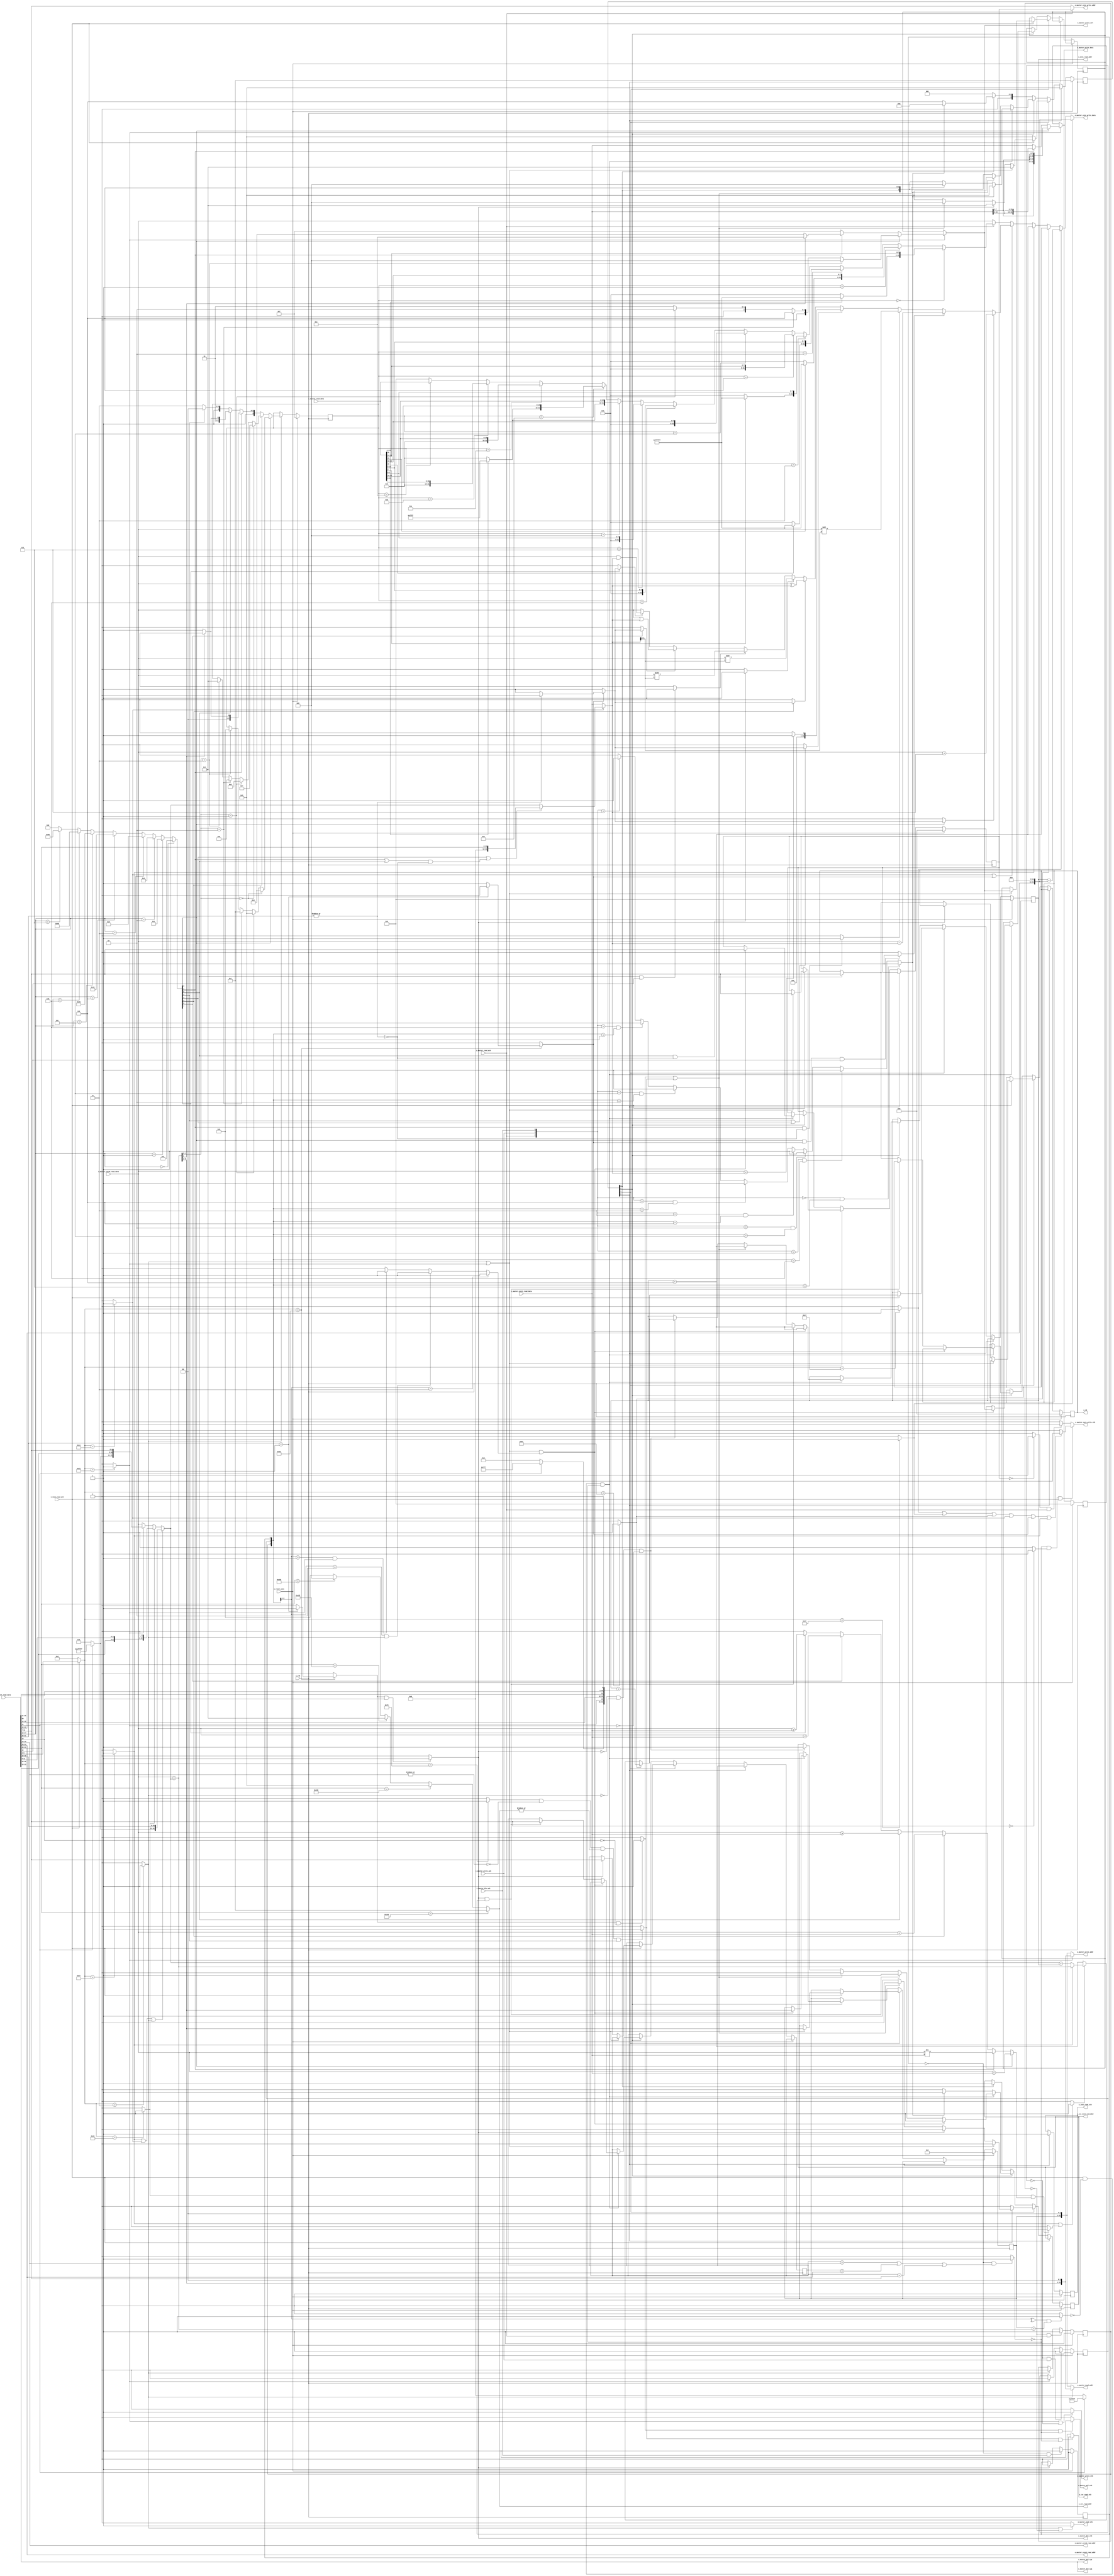
/////////////////////////////////////////////////////////////////////////////////
// BSD 3-Clause License
// 
// Copyright (c) 2020, Jose R. Garcia
// All rights reserved.
// 
// Redistribution and use in source and binary forms, with or without
// modification, are permitted provided that the following conditions are met:
// 
// 1. Redistributions of source code must retain the above copyright notice, this
//    list of conditions and the following disclaimer.
// 
// 2. Redistributions in binary form must reproduce the above copyright notice,
//    this list of conditions and the following disclaimer in the documentation
//    and/or other materials provided with the distribution.
// 
// 3. Neither the name of the copyright holder nor the names of its
//    contributors may be used to endorse or promote products derived from
//    this software without specific prior written permission.
// 
// THIS SOFTWARE IS PROVIDED BY THE COPYRIGHT HOLDERS AND CONTRIBUTORS "AS IS"
// AND ANY EXPRESS OR IMPLIED WARRANTIES, INCLUDING, BUT NOT LIMITED TO, THE
// IMPLIED WARRANTIES OF MERCHANTABILITY AND FITNESS FOR A PARTICULAR PURPOSE ARE
// DISCLAIMED. IN NO EVENT SHALL THE COPYRIGHT HOLDER OR CONTRIBUTORS BE LIABLE
// FOR ANY DIRECT, INDIRECT, INCIDENTAL, SPECIAL, EXEMPLARY, OR CONSEQUENTIAL
// DAMAGES (INCLUDING, BUT NOT LIMITED TO, PROCUREMENT OF SUBSTITUTE GOODS OR
// SERVICES; LOSS OF USE, DATA, OR PROFITS; OR BUSINESS INTERRUPTION) HOWEVER
// CAUSED AND ON ANY THEORY OF LIABILITY, WHETHER IN CONTRACT, STRICT LIABILITY,
// OR TORT (INCLUDING NEGLIGENCE OR OTHERWISE) ARISING IN ANY WAY OUT OF THE USE
// OF THIS SOFTWARE, EVEN IF ADVISED OF THE POSSIBILITY OF SUCH DAMAGE.
//
/////////////////////////////////////////////////////////////////////////////////
// Project Name  : ORCs
// Module Name   : Hart_Core
// Description   : The Hart_Core is a machine mode capable hart, implementation
//                 of the riscv32im instruction set architecture.
//
// Additional Comments:
//   .
/////////////////////////////////////////////////////////////////////////////////
module Hart_Core #(
  // Compile time configurable generic parameters
  parameter integer P_CORE_INITIAL_FETCH_ADDR = 0, // First instruction address
  parameter integer P_CORE_MEMORY_ADDR_MSB    = 4  //
)(
  // Component's clocks and resets
  input i_clk,        // clock
  input i_reset_sync, // reset
  // Instruction Wishbone(Standard) Master Read Interface
  output        o_inst_read_stb,  // WB read enable
  input         i_inst_read_ack,  // WB acknowledge 
  output [31:0] o_inst_read_addr, // WB address
  input  [31:0] i_inst_read_data, // WB data
  // General Regs0 Read Interface
  output [P_CORE_MEMORY_ADDR_MSB:0] o_master_core0_read_addr, // address
  input  [31:0]                     i_master_core0_read_data, // data. unsigned rs1
  // General Regs1 Read Interface
  output [P_CORE_MEMORY_ADDR_MSB:0] o_master_core1_read_addr, // address
  input  [31:0]                     i_master_core1_read_data, // data. unsigned rs2
  // General Regs Write Interface
  output                            o_master_core_write_stb,  // WB write enable
  output [P_CORE_MEMORY_ADDR_MSB:0] o_master_core_write_addr, // WB address
  output [31:0]                     o_master_core_write_data, // WB data
  // Wishbone(Standard) Master Read Interface
  output        o_master_read_stb,  // WB read enable
  input         i_master_read_ack,  // WB acknowledge 
  output [31:0] o_master_read_addr, // WB address
  input  [31:0] i_master_read_data, // WB data
  // Wishbone(Standard) Master Write Interface
  output        o_master_write_stb,  // WB write enable
  input         i_master_write_ack,  // WB acknowledge 
  output [31:0] o_master_write_addr, // WB address
  output [31:0] o_master_write_data, // WB data
  output [3:0]  o_master_write_sel,  // WB byte enable
  // MUL Processor Interface
  output       o_master_mul_stb,  // start pulse
  output [1:0] o_master_mul_tga,  // signed/uynsigned
  // DIV Processor Interface
  output       o_master_div_stb,  // start pulse
  output [1:0] o_master_div_tga,  // 0=div, 1=rem
  input        i_master_div_ack,  // done pulse
  // CSR Interface
  output       o_csr_instr_decoded, // Indicates an instruction was decode.
  output       o_csr_read_stb,      //
  output [3:0] o_csr_read_addr,     //
  // General Purpose Signals
  output [P_CORE_MEMORY_ADDR_MSB:0] o_rd //
);
  ///////////////////////////////////////////////////////////////////////////////
  // Internal Parameter Declarations
  ///////////////////////////////////////////////////////////////////////////////
  // OpCodes 
  localparam [6:0] L_AUIPC = 7'b0010111; // imm[31:12], rd[11:7]
  localparam [6:0] L_LUI   = 7'b0110111; // imm[31:12], rd[11:7]
  localparam [6:0] L_JAL   = 7'b1101111; // imm[20|10:1|11|19:12],rd[11:7]
  localparam [6:0] L_JALR  = 7'b1100111; // imm[11:0], rs1[19:15],000,rd[11:7]
  localparam [6:0] L_BCC   = 7'b1100011; // imm[12|10:5],rs2[24:20],rs1[19:15],funct[14:12],imm[4:1|11]
  localparam [6:0] L_RII   = 7'b0010011; // imm[11:0],[19:15],funct[14:12],rd[11:7]
  localparam [6:0] L_MATH  = 7'b0110011; // funct[6:0],rs2[24:20],rs1[19:15],funct[14:12],rd[11:7]
  localparam [6:0] L_LCC   = 7'b0000011; // imm[11:0],rs1[19:15],funct[14:12],rd[11:7]
  localparam [6:0] L_SCC   = 7'b0100011; // imm[11:5],rs2[24:20],rs1[19:15],funct[14:12],imm[4:0]
  localparam [6:0] L_HCC   = 7'b0000001; // funct7[31:25],rs2[24:20],rs1[19:15],funct3[14:12]
  localparam [6:0] L_SYSTM = 7'b1110011; //
  // Program Counter FSM States
  localparam [3:0] S_WAKEUP          = 4'b0001; // r_program_counter_state after reset
  localparam [3:0] S_WAIT_FOR_ACK    = 4'b0010; // r_program_counter_state, waiting for valid instruction
  localparam [3:0] S_WAIT_FOR_EXT    = 4'b0100; // r_program_counter_state, wait for load to complete
  localparam [3:0] S_WAIT_FOR_SETTLE = 4'b1000; // r_program_counter_state after reset
  // LCC cases
  localparam [3:0] L_LOAD_SIGNED_3_BYTE       = 4'h0;
  localparam [3:0] L_LOAD_SIGNED_2_BYTE       = 4'h1;
  localparam [3:0] L_LOAD_SIGNED_1_BYTE       = 4'h2;
  localparam [3:0] L_LOAD_SIGNED_0_BYTE       = 4'h3;
  localparam [3:0] L_LOAD_UNSIGNED_3_BYTE     = 4'h4;
  localparam [3:0] L_LOAD_UNSIGNED_2_BYTE     = 4'h5;
  localparam [3:0] L_LOAD_UNSIGNED_1_BYTE     = 4'h6;
  localparam [3:0] L_LOAD_UNSIGNED_0_BYTE     = 4'h7;
  localparam [3:0] L_LOAD_SIGNED_UPPER_WORD   = 4'h8;
  localparam [3:0] L_LOAD_SIGNED_LOWER_WORD   = 4'h9;
  localparam [3:0] L_LOAD_UNSIGNED_UPPER_WORD = 4'hA;
  localparam [3:0] L_LOAD_UNSIGNED_LOWER_WORD = 4'hB;
  localparam [3:0] L_LOAD_WORD                = 4'hC;
  localparam [3:0] L_LOAD_OTHERS              = 4'hF;
  // Misc Definitions
  localparam [31:0] L_ALL_ZERO = 0;
  localparam [31:0] L_ALL_ONES = -1;
  // CSR Addresses 
  localparam [11:0] L_RDCYCLE    = 12'hC00;
  localparam [11:0] L_RDINSTRET  = 12'hC02;
  localparam [11:0] L_RDCYCLEH   = 12'hC80;
  localparam [11:0] L_RDINSTRETH = 12'hC82;
  ///////////////////////////////////////////////////////////////////////////////
  // Internal Signals Declarations
  ///////////////////////////////////////////////////////////////////////////////
  // Program Counter Process
  reg [31:0] r_pc_fetch;              // 32-bit program counter t
  reg        r_program_counter_valid; // Program Counter Valid
  reg [3:0]  r_program_counter_state; // Current State Holder.
  // Decoder Signals
  reg  [P_CORE_MEMORY_ADDR_MSB:0] r_rd1;                                              // reg with rd field
  reg  [P_CORE_MEMORY_ADDR_MSB:0] r_rd2;                                              // reg with rd field
  reg  [P_CORE_MEMORY_ADDR_MSB:0] r_rd3;                                              // reg with rd field
  wire [P_CORE_MEMORY_ADDR_MSB:0] w_rd                   = i_inst_read_data[11:7];    // rd field
  wire                            w_rd_not_zero          = w_rd==5'h0 ? 1'b0 : 1'b1;  // not zero
  wire                            w_destination_not_zero = r_rd1==5'h0 ? 1'b0 : 1'b1; // not zero

  wire [4:0]  w_source1_pointer = i_inst_read_data[19:15];   // s1 field
  wire [4:0]  w_source2_pointer = i_inst_read_data[24:20];   // s2 field

  wire [11:0] w_csr_field       = i_inst_read_data[31:20]; // CSR

  wire [6:0]  w_fct7            = i_inst_read_data[31:25];   // fct7 field
  wire [2:0]  w_fct3            = i_inst_read_data[14:12];   // fct3 field
  wire [7:0]  w_fct3_one_hot    = w_fct3==3'h0 ? 8'b00000001 : // fct3 field decoded/unwrapped
                                  w_fct3==3'h1 ? 8'b00000010 :
                                  w_fct3==3'h2 ? 8'b00000100 :
                                  w_fct3==3'h3 ? 8'b00001000 :
                                  w_fct3==3'h4 ? 8'b00010000 :
                                  w_fct3==3'h5 ? 8'b00100000 :
                                  w_fct3==3'h6 ? 8'b01000000 :
                                  w_fct3==3'h7 ? 8'b10000000 :
                                                 8'b00000000;
  // wire [6:0]  w_opcode = (r_program_counter_state[1]==1'b1 && i_inst_read_ack==1'b1) ? i_inst_read_data[6:0] : 7'h0; // OPCODE field
  wire [6:0]  w_opcode = i_inst_read_ack==1'b1 ? i_inst_read_data[6:0] : 7'h0; // OPCODE field

  wire        w_lui    = w_opcode==L_LUI   ? 1'b1 : 1'b0;         // valid branch flag/
  wire        w_auipc  = w_opcode==L_AUIPC ? 1'b1 : 1'b0;         // valid JALR flag
  wire        w_jal    = w_opcode==L_JAL   ? 1'b1 : 1'b0;         // valid load flag             
  wire        w_jalr   = w_opcode==L_JALR  ? 1'b1 : 1'b0;         // valid JALR flag
  wire        w_bcc    = w_opcode==L_BCC   ? 1'b1 : 1'b0;         // valid branch flag
  wire        w_rii    = w_opcode==L_RII   ? 1'b1 : 1'b0;         // valid register-immediate flag
  wire        w_rro    = w_opcode==L_MATH  ? (
                           w_fct7==L_HCC   ? 1'b0 : 1'b1) : 1'b0; // valid register-register flag
  wire        w_lcc    = w_opcode==L_LCC   ? 1'b1 : 1'b0;         // valid load flag
  wire        w_scc    = w_opcode==L_SCC   ? 1'b1 : 1'b0;         // valid store flag
  wire        w_hcc    = w_opcode==L_MATH  ? (
                           w_fct7==L_HCC   ? 1'b1 : 1'b0) : 1'b0; // valid register-register flag
  wire        w_systm  = w_opcode==L_SYSTM ? 1'b1 : 1'b0;         // valid register-register flag
                
  wire [31:0] w_uimm   = {L_ALL_ZERO[31:12], i_inst_read_data[31:20]};                                 
  wire [31:0] w_simm   = (w_jalr==1'b1 || w_rii==1'b1 || w_lcc==1'b1) ? 
                           {(i_inst_read_data[31] ? L_ALL_ONES[31:11]:L_ALL_ZERO[31:11]), i_inst_read_data[30:20]} : 
                         w_bcc==1'b1 ? {(i_inst_read_data[31] ? L_ALL_ONES[31:12]:L_ALL_ZERO[31:12]), 
                           i_inst_read_data[7],i_inst_read_data[30:25], i_inst_read_data[11:8],L_ALL_ZERO[0]} :
                         w_scc==1'b1 ? {(i_inst_read_data[31] ? L_ALL_ONES[31:11] : L_ALL_ZERO[31:11]), 
                           i_inst_read_data[30:25], i_inst_read_data[11:7]} :
                         i_master_core0_read_data; // Signed Immediate
  // RM-group of instructions (OPCODEs==7'b0010011/7'b0110011), merged! src=immediate(M)/register(R)
  // ALU Signals
  wire w_add = w_fct3_one_hot[0]==1'b1 ? (
                 w_rro==1'b1 ? (
                   |w_fct7==1'b0 ? 1'b1 : 1'b0) : 
                 1'b1) : 1'b0;
  wire w_sub = (w_fct3_one_hot[0]==1'b1 && w_rro==1'b1 && w_fct7[5]==1'b1) ? 1'b1 : 1'b0;
  wire w_sll = (w_fct3_one_hot[1]==1'b1 && |w_fct7==1'b0) ? 1'b1 : 1'b0;
  wire w_slt = (w_fct3_one_hot[2]==1'b1 || w_fct3_one_hot[3]==1'b1) ? (
                 w_rro==1'b1 ? (
                   |w_fct7==1'b0 ? 1'b1 : 1'b0) : 
                 1'b1) : 1'b0;
  wire w_xor = w_fct3_one_hot[4]==1'b1 ? (
                 w_rro==1'b1 ? (
                   |w_fct7==1'b0 ? 1'b1 : 1'b0) : 
                 1'b1) : 1'b0;
  wire w_srl = (w_fct3_one_hot[5]==1'b1 && |w_fct7==1'b0) ? 1'b1 : 1'b0;
  wire w_sra = (w_fct3_one_hot[5]==1'b1 && w_fct7[5]==1'b1) ? 1'b1 : 1'b0;
  wire w_or  = w_fct3_one_hot[6]==1'b1 ? (
                 w_rro==1'b1 ? (
                   |w_fct7==1'b0 ? 1'b1 : 1'b0) : 
                 1'b1) : 1'b0;
  wire w_and = w_fct3_one_hot[7]==1'b1 ? (
                 w_rro==1'b1 ? (
                   |w_fct7==1'b0 ? 1'b1 : 1'b0) : 
                 1'b1) : 1'b0;

  wire [31:0] w_simm_rs2 = w_rii==1'b1 ? ((w_fct3_one_hot[3]==1'b1 || ((w_fct3_one_hot[1]==1'b1 || w_fct3_one_hot[5]==1'b1) && |w_fct7==1'b0)) ? w_uimm : w_simm) : 
                                         (w_fct3_one_hot[2]==1'b1 ? $signed(i_master_core1_read_data) : i_master_core1_read_data);
  wire [31:0] w_rxx_data = w_add==1'b1 ? (i_master_core0_read_data+w_simm_rs2) :
                           w_sub==1'b1 ? (i_master_core0_read_data-w_simm_rs2) :
                           w_sll==1'b1 ? (i_master_core0_read_data << w_simm_rs2[4:0]) :
                           w_slt==1'b1 ? (i_master_core0_read_data < w_simm_rs2 ? 32'h1 : 32'h0) :
                           w_xor==1'b1 ? (i_master_core0_read_data ^ w_simm_rs2) :
                           w_srl==1'b1 ? (i_master_core0_read_data >> w_simm_rs2[4:0]) :
                           w_sra==1'b1 ? ($signed(i_master_core0_read_data) >>> w_simm_rs2[4:0]) :
                           w_or ==1'b1 ? (i_master_core0_read_data | w_simm_rs2) :
                           w_and==1'b1 ? (i_master_core0_read_data & w_simm_rs2) : 
                           i_master_core0_read_data;
  wire w_mul = (w_hcc==1'b1 && w_fct3[2]==1'b0) ? 1'b1 : 1'b0;
  wire w_div = (w_hcc==1'b1 && w_fct3[2]==1'b1) ? 1'b1 : 1'b0;
  reg r_div_ready;
  // Jump/Branch-group of instructions (w_opcode==7'b1100011)
  wire [31:0] w_j_simm = {(i_inst_read_data[31] ? L_ALL_ONES[31:21] : L_ALL_ZERO[31:21]),
                          i_inst_read_data[31], i_inst_read_data[19:12],
                          i_inst_read_data[20], i_inst_read_data[30:21], L_ALL_ZERO[0]};
  wire w_bmux = (w_bcc==1'b1 && (
                  w_fct3_one_hot[0]==1'b1 ? (i_master_core0_read_data == i_master_core1_read_data) :                   // beq
                  w_fct3_one_hot[1]==1'b1 ? (i_master_core0_read_data != i_master_core1_read_data) :                   // bne
                  w_fct3_one_hot[4]==1'b1 ? ($signed(i_master_core0_read_data) < $signed(i_master_core1_read_data)) :  // blt
                  w_fct3_one_hot[5]==1'b1 ? ($signed(i_master_core0_read_data) >= $signed(i_master_core1_read_data)) : // bge
                  w_fct3_one_hot[6]==1'b1 ? (i_master_core0_read_data < i_master_core1_read_data) :                    // bltu
                  w_fct3_one_hot[7]==1'b1 ? (i_master_core0_read_data >= i_master_core1_read_data) :                   // bgeu
                  1'b0)) ? 1'b1 : 1'b0;
  wire        w_jump_request = (w_jalr==1'b1 || w_bmux==1'b1) ? 1'b1 : 1'b0;
  wire [31:0] w_master_addr  = (i_master_core0_read_data+w_simm); // Address created by bcc, lcc and scc instructions
  wire [31:0] w_jump_value   = w_jalr==1'b1 ? w_master_addr : (w_simm+r_pc_fetch);
  reg  [29:0] r_master_addr;
  reg  [3:0]  r_master_select;
  // L-group of instructions (w_opcode==7'b0000011)
  reg  [3:0]  r_load_cases;
  wire [31:0] w_l_data = r_load_cases==L_LOAD_SIGNED_3_BYTE ? {(i_master_read_data[31]==1'b1 ? L_ALL_ONES[31:8] : L_ALL_ZERO[31:8]), i_master_read_data[31:24]} :
                         r_load_cases==L_LOAD_SIGNED_2_BYTE ? {(i_master_read_data[23]==1'b1 ? L_ALL_ONES[31:8] : L_ALL_ZERO[31:8]), i_master_read_data[23:16]} :
                         r_load_cases==L_LOAD_SIGNED_1_BYTE ? {(i_master_read_data[15]==1'b1 ? L_ALL_ONES[31:8] : L_ALL_ZERO[31:8]), i_master_read_data[15:8]} :
                         r_load_cases==L_LOAD_SIGNED_0_BYTE ? {(i_master_read_data[7]==1'b1 ? L_ALL_ONES[31:8] : L_ALL_ZERO[31:8]), i_master_read_data[7:0]}:
                         r_load_cases==L_LOAD_UNSIGNED_3_BYTE ? {L_ALL_ZERO[31:8], i_master_read_data[31:24]} :
                         r_load_cases==L_LOAD_UNSIGNED_2_BYTE ? {L_ALL_ZERO[31:8], i_master_read_data[23:16]} :
                         r_load_cases==L_LOAD_UNSIGNED_1_BYTE ? {L_ALL_ZERO[31:8], i_master_read_data[15:8]} :
                         r_load_cases==L_LOAD_UNSIGNED_0_BYTE ? {L_ALL_ZERO[31:8], i_master_read_data[7:0]}:
                         r_load_cases==L_LOAD_SIGNED_UPPER_WORD ? {(i_master_read_data[31]==1'b1 ? L_ALL_ONES[31:16] : L_ALL_ZERO[31:16]), i_master_read_data[31:16]} :
                         r_load_cases==L_LOAD_SIGNED_LOWER_WORD ? {(i_master_read_data[31]==1'b1 ? L_ALL_ONES[31:16] : L_ALL_ZERO[31:16]), i_master_read_data[15:0]} :
                         r_load_cases==L_LOAD_UNSIGNED_UPPER_WORD ? {L_ALL_ZERO[31:16], i_master_read_data[31:16]} :
                         r_load_cases==L_LOAD_UNSIGNED_LOWER_WORD ? {L_ALL_ZERO[31:16], i_master_read_data[15:0]} : 
                         r_load_cases==L_LOAD_WORD ? i_master_read_data : 32'h0;
  // S-group of instructions (w_opcode==7'b0100011)
  wire [31:0] w_s_data = w_fct3_one_hot[0]==1'b1 ? {4{i_master_core1_read_data[7:0]}} :
                         w_fct3_one_hot[1]==1'b1 ? {2{i_master_core1_read_data[15:0]}} : i_master_core1_read_data;
  reg  [31:0] r_s_data;
  // Memory Master Read and Write Process
  reg  r_master_read_ready;
  reg  r_master_write_ready;
  wire w_write_stb = (w_scc==1'b1 || r_master_write_ready==1'b0) ? 1'b1 : 1'b0; // Store Strobe
  wire w_read_stb  = (w_lcc==1'b1 || r_master_read_ready==1'b0)  ? 1'b1 : 1'b0; // Load Strobe
  // CSRs
  reg  r_decoded_instr;
  wire w_csr = (w_systm==1'b1 && |w_source1_pointer==1'b0 &&
                |o_csr_read_addr==1'b1 && w_fct3_one_hot[2]==1'b1) ? 1'b1 : 1'b0; // Cycle or Instr reg
  // Bypass signals
  wire [2:0] w_acks     = {i_master_read_ack, i_master_write_ack, i_master_div_ack};
  wire [2:0] w_readies  = {r_master_read_ready, r_master_write_ready, r_div_ready};
  wire       w_step_out = (w_acks==3'h0 && w_readies==3'h7) ? 1'b1 :
                          (w_acks==3'h1 && w_readies==3'h6) ? 1'b1 :
                          (w_acks==3'h2 && w_readies==3'h5) ? 1'b1 :
                          (w_acks==3'h3 && w_readies==3'h4) ? 1'b1 :
                          (w_acks==3'h4 && w_readies==3'h3) ? 1'b1 :
                          (w_acks==3'h5 && w_readies==3'h2) ? 1'b1 :
                          (w_acks==3'h6 && w_readies==3'h1) ? 1'b1 :
                           w_acks==3'h7                     ? 1'b1 : 1'b0;
  wire       w_rd1_rdy  = w_readies[2:1]==2'b11 ? 1'b1 :
                          w_readies[2:1]==2'b10 && w_lcc==1'b1 ? 1'b1 :
                          w_readies[2:1]==2'b01 && w_scc==1'b1 ? 1'b1 : 1'b0;
  // 
  wire w_rd2_conflict  = (r_div_ready==1'b0 && (r_rd2==w_source1_pointer || r_rd2==w_source2_pointer || r_rd2==w_rd)) ? 1'b1 : 1'b0;
  wire w_addr_conflict = (^w_readies[2:1]==1'b1 && r_master_addr==w_master_addr) ? 1'b1 : 1'b0;
  ///////////////////////////////////////////////////////////////////////////////
  //            ********      Architecture Declaration      ********           //
  ///////////////////////////////////////////////////////////////////////////////
    
  ///////////////////////////////////////////////////////////////////////////////
  // Process     : Program Counter Process
  // Description : Updates the next program counter after the data instruction 
  //               is consumed.
  ///////////////////////////////////////////////////////////////////////////////
  always @(posedge i_clk) begin
    if (i_reset_sync == 1'b1) begin
      r_program_counter_state <= S_WAKEUP;
      r_pc_fetch              <= P_CORE_INITIAL_FETCH_ADDR;
      r_rd1                   <= 'h0;
      r_rd3                   <= 'h0;
      r_program_counter_valid <= 1'b0;
      r_decoded_instr         <= 1'b0;
      r_master_addr           <= 30'h0;
    end
    else begin
      casez (1'b1)
        r_program_counter_state[0] : begin
          // Fetch first instruction after reset.
          r_program_counter_valid <= 1'b1;
          r_program_counter_state <= S_WAIT_FOR_ACK;
        end
        r_program_counter_state[1] : begin
          // If the no valid inst is currently available or if the following process
          // is ready to consume the valid instruction.
          if (i_inst_read_ack == 1'b1 ) begin
            // State Controls
            if (w_lcc == 1'b1 || w_scc == 1'b1) begin
              // If a valid instruction was just received.
              r_master_addr           <= w_master_addr[31:2];
              r_master_select         <= o_master_write_sel;
              r_decoded_instr         <= 1'b0;
              r_rd1                   <= w_rd;
              r_program_counter_state <= S_WAIT_FOR_EXT;
            end
            else if (w_div == 1'b1) begin
              r_decoded_instr         <= 1'b0;
              r_rd2                   <= w_rd;
              r_program_counter_state <= S_WAIT_FOR_EXT;
            end
            else if (w_mul == 1'b1 || w_csr == 1'b1) begin
              // If a valid instruction was just received.
              r_rd3                   <= w_rd;
              r_decoded_instr         <= 1'b0;
              r_program_counter_state <= S_WAIT_FOR_SETTLE;
            end
            else begin
              // Transition
              r_decoded_instr         <= 1'b1;
              r_program_counter_state <= S_WAIT_FOR_ACK;
            end

            // Counter Increments
            if (w_jal==1'b1) begin
              // Is an immediate jump request. Update the program counter with the 
              // jump value. (JAL)
              r_pc_fetch <= (r_pc_fetch+w_j_simm);
            end
            else if (w_jump_request == 1'b1) begin
              // Jump request by comparison (Branch or JALR).
              r_pc_fetch <= w_jump_value;
            end
            else begin
              // Increment the program counter. Ignore this instruction
              r_pc_fetch <= (r_pc_fetch+4);
            end
          end 
          else begin
            r_decoded_instr         <= 1'b0;
            r_program_counter_state <= S_WAIT_FOR_ACK;
          end
        end
        r_program_counter_state[2] : begin
          // 
          if (i_inst_read_ack == 1'b1 && w_addr_conflict == 1'b0 && w_rd2_conflict == 1'b0) begin
            if ((w_lcc == 1'b1 || w_scc == 1'b1) &&  w_rd1_rdy == 1'b1) begin
              // If a valid instruction was just received.
              r_master_addr   <= w_master_addr[31:2];
              r_master_select <= o_master_write_sel;
              r_decoded_instr <= 1'b1;
              r_rd1           <= w_rd;
              r_pc_fetch      <= (r_pc_fetch+4);
            end
            else if (w_div == 1'b1 &&  r_div_ready == 1'b1) begin
              r_decoded_instr <= 1'b1;
              r_rd2           <= w_rd;
              r_pc_fetch      <= (r_pc_fetch+4);
            end
            else if (w_mul == 1'b1 || w_csr == 1'b1) begin
              r_rd3           <= w_rd;
              r_decoded_instr <= 1'b0;

              r_pc_fetch <= (r_pc_fetch+4);
            end
            else if (w_div == 1'b0 && w_lcc == 1'b0 && w_scc == 1'b0) begin
              r_decoded_instr <= 1'b1;

              // Counter Controls
              if (w_jal==1'b1) begin
                // Is an immediate jump request. Update the program counter with the 
                // jump value. (JAL)
                r_pc_fetch <= (r_pc_fetch+w_j_simm);
              end
              else if (w_jump_request == 1'b1) begin
                // Jump request by comparison (Branch or JALR).
                r_pc_fetch <= w_jump_value;
              end
              else begin
                // Increment the program counter. Ignore this instruction
                r_pc_fetch <= (r_pc_fetch+4);
              end
            end
            // else begin
            //   r_program_counter_valid <= 1'b0;
            // end

            // State Transition
            if (w_step_out == 1'b1) begin
              //r_program_counter_valid <= 1'b1;
              r_program_counter_state <= S_WAIT_FOR_ACK;
            end
            else if (w_mul == 1'b1 || w_csr == 1'b1) begin
              r_program_counter_state <= S_WAIT_FOR_SETTLE;
            end

          end 
          else begin
            // State Transition
            if (w_step_out == 1'b1) begin
              //r_program_counter_valid <= 1'b1;
              r_decoded_instr         <= 1'b1;
              r_program_counter_state <= S_WAIT_FOR_ACK;
            end
            else begin
              r_decoded_instr <= 1'b0;
              if (i_inst_read_ack == 1'b1) begin
                //r_program_counter_valid <= 1'b0;
              end
            end
          end
        end
        r_program_counter_state[3] : begin
          // Wait one clock cycle to allow data to be stored in the registers.
          r_decoded_instr <= 1'b1;
          if (w_step_out == 1'b1) begin
            // r_program_counter_valid <= 1'b1;
            r_program_counter_state <= S_WAIT_FOR_ACK;
          end
          else begin
            r_program_counter_state <= S_WAIT_FOR_EXT;
          end
        end
      endcase
    end
  end
  // Wishbone Strobe and Address output assignments
  assign o_inst_read_stb  = r_program_counter_valid;
  assign o_inst_read_addr = r_pc_fetch;

  ///////////////////////////////////////////////////////////////////////////////
  // Process     : General Purpose Registers Read Controls Connections
  // Description : Updates the contents of the read strobe and address.
  ///////////////////////////////////////////////////////////////////////////////
  // Address Select
  assign o_master_core0_read_addr = w_source1_pointer;
  assign o_master_core1_read_addr = w_source2_pointer;

  ///////////////////////////////////////////////////////////////////////////////
  // Process     : General Purpose Registers Write Connections
  // Description : Updates the write strobe, addr, and data.
  ///////////////////////////////////////////////////////////////////////////////
    // Register Write Strobe Control
  assign o_master_core_write_stb = (w_rd2_conflict==1'b0 && w_rd_not_zero==1'b1 && i_inst_read_ack==1'b1) ? (
                                     (w_auipc==1'b1 || w_lui==1'b1 ||  w_jal==1'b1 || w_rii==1'b1 ||
                                     w_rro==1'b1 || w_jalr==1'b1) ? 1'b1 : 1'b0) :
                                   w_destination_not_zero==1'b1 && i_master_read_ack==1'b1 ? 1'b1 : 
                                   1'b0;
  // Register write address Select
  assign o_master_core_write_addr = i_master_read_ack==1'b1 ? r_rd1 : w_rd;
  // Registers Write Data select
  assign o_master_core_write_data = w_lui==1'b1 ? {i_inst_read_data[31:12], L_ALL_ZERO[11:0]} :
                                      // Load Upper Immediate.
                                      // Used to build 32-bit constants and uses the U-type format. Places the
                                      // 32-bit U-immediate value into the destination register rd, filling in
                                      // the lowest 12 bits with zeros.
                                    w_auipc==1'b1 ? (r_pc_fetch+({i_inst_read_data[31:12], L_ALL_ZERO[11:0]})) :
                                      // Add Upper Immediate to Program Counter.
                                      // Is used to build pc-relative addresses and uses the U-type format. 
                                      // AUIPC forms a 32-bit offset from the U-immediate, filling in the 
                                      // lowest 12 bits with zeros, adds this offset to the address of the 
                                      // AUIPC instruction, then places the result in register rd.
                                    w_jal==1'b1 ? (r_pc_fetch+(32'h4)) :
                                      // If w_decoder_valid = 1 store into general registers data that
                                      // required data from rs1 or rs2.
                                      // Jump And Link Register(indirect jump instruction). JAL
                                    w_jalr==1'b1 ? (r_pc_fetch+(32'h4)) :
                                      // JALR
                                    (w_rii==1'b1 || w_rro==1'b1) ? w_rxx_data :
                                      // Stores the Register-Immediate instruction result in the general register
                                      // Store the Register-Register operation result in the general registers
                                    (i_master_read_ack==1'b1) ? w_l_data :
                                      // Data loaded from memory or I/O device.
                                    i_master_core0_read_data;

  ///////////////////////////////////////////////////////////////////////////////
  // Process     : Read Process
  // Description : Registers the signals that create the read interface
  //               transaction.
  ///////////////////////////////////////////////////////////////////////////////
  always @(posedge i_clk) begin
    if (i_reset_sync == 1'b1) begin
      r_master_read_ready <= 1'b1;
      r_load_cases        <= L_LOAD_OTHERS;
    end
    else begin
      if (w_lcc == 1'b1) begin
        // Load the decode data to an external mem or I/O device.
        r_master_read_ready <= 1'b0;
        if (w_fct3_one_hot[0] == 1'b1) begin
          if (w_master_addr[1:0] == 2'h3) begin
            r_load_cases <= L_LOAD_SIGNED_3_BYTE;
          end
          if (w_master_addr[1:0] == 2'h2) begin
            r_load_cases <= L_LOAD_SIGNED_2_BYTE;
          end
          if (w_master_addr[1:0] == 2'h1) begin
            r_load_cases <= L_LOAD_SIGNED_1_BYTE;
          end
          if (w_master_addr[1:0] == 2'h0) begin
            r_load_cases <= L_LOAD_SIGNED_0_BYTE;
          end
        end
        else if (w_fct3_one_hot[4] == 1'b1) begin
          if (w_master_addr[1:0] == 2'h3) begin
            r_load_cases <= L_LOAD_UNSIGNED_3_BYTE;
          end
          if (w_master_addr[1:0] == 2'h2) begin
            r_load_cases <= L_LOAD_UNSIGNED_2_BYTE;
          end
          if (w_master_addr[1:0] == 2'h1) begin
            r_load_cases <= L_LOAD_UNSIGNED_1_BYTE;
          end
          if (w_master_addr[1:0] == 2'h0) begin
            r_load_cases <= L_LOAD_UNSIGNED_0_BYTE;
          end
        end
        else if (w_fct3_one_hot[1] == 1'b1) begin
          if (w_master_addr[1] == 1'b1) begin
            r_load_cases <= L_LOAD_SIGNED_UPPER_WORD;
          end
          else begin
            r_load_cases <= L_LOAD_SIGNED_LOWER_WORD;
          end
        end
        else if (w_fct3_one_hot[5] == 1'b1) begin
          if (w_master_addr[1] == 1'b1) begin
            r_load_cases <= L_LOAD_UNSIGNED_UPPER_WORD;
          end
          else begin
            r_load_cases <= L_LOAD_UNSIGNED_LOWER_WORD;
          end
        end
        else if (w_fct3_one_hot[2] == 1'b1) begin
          r_load_cases <= L_LOAD_WORD;
        end
        else begin
          r_load_cases <= L_LOAD_OTHERS;
        end
      end
      if (r_master_read_ready == 1'b0 && i_master_read_ack == 1'b1) begin
        // Received valid data. Ready for new transaction on the next clock.
        r_master_read_ready <= 1'b1;
      end
    end
  end
  // Read WB interface connections
  assign o_master_read_addr = w_lcc==1'b1 ? {w_master_addr[31:2], 2'b00} : {r_master_addr, 2'b00};
  assign o_master_read_stb  = w_read_stb;

  ///////////////////////////////////////////////////////////////////////////////
  // Process     : Write Process
  // Description : Registers the signals used to create a write interface
  //               transaction.
  ///////////////////////////////////////////////////////////////////////////////
  always @(posedge i_clk) begin
    if (i_reset_sync == 1'b1) begin
      r_master_write_ready <= 1'b1;
      r_s_data             <= 32'h0;
    end
    else begin
      if (w_scc == 1'b1) begin
        // Store (write) data in external memory or device.
        r_master_write_ready <= 1'b0;
        r_s_data             <= w_s_data;                    
      end
      if (r_master_write_ready == 1'b0 && i_master_write_ack == 1'b1) begin
        //
        r_master_write_ready <= 1'b1;
      end
    end
  end
  // Write WB interface connections
  assign o_master_write_stb  = w_write_stb;
  assign o_master_write_addr = w_scc==1'b1 ? {w_master_addr[31:2], 2'b00} : {r_master_addr, 2'b00};
  assign o_master_write_data = w_scc==1'b1 ? w_s_data : r_s_data;
  assign o_master_write_sel  = w_scc==1'b1 ?
                                 w_fct3_one_hot[0]==1'b1 ? ( 
                                   w_master_addr[1:0]==2'h3 ? 4'b1000 : 
                                   w_master_addr[1:0]==2'h2 ? 4'b0100 : 
                                   w_master_addr[1:0]==2'h1 ? 4'b0010 : 
                                                              4'b0001 ) :
                                 w_fct3_one_hot[1]==1'b1 ? ( 
                                   w_master_addr[1]==1'b1 ? 4'b1100 :
                                                            4'b0011 ) :
                                                            4'b1111 : 
                                 r_master_select;

  ///////////////////////////////////////////////////////////////////////////////
  // Assignment  : MUL Processor Connections
  // Description : 
  ///////////////////////////////////////////////////////////////////////////////
  assign o_master_mul_stb  = (w_mul==1'b1 && w_rd2_conflict==1'b0) ? 1'b1 : 1'b0;
  assign o_master_mul_tga  = w_fct3[1:0];

  ///////////////////////////////////////////////////////////////////////////////
  // Assignment  : DIV Processor Connections
  // Description : 
  ///////////////////////////////////////////////////////////////////////////////
  always @(posedge i_clk) begin
    if (i_reset_sync == 1'b1) begin
      r_div_ready <= 1'b1;
    end
    else begin
      if (w_div == 1'b1) begin
        // 
        r_div_ready <= 1'b0;                       
      end
      if (r_div_ready == 1'b0 && i_master_div_ack == 1'b1) begin
        //
        r_div_ready <= 1'b1;
      end
    end
  end
  assign o_master_div_stb  = w_div;
  assign o_master_div_tga  = w_fct3[1:0];

  ///////////////////////////////////////////////////////////////////////////////
  // Process     : CSR Connections
  // Description : Decodes and registers the instruction data.
  ///////////////////////////////////////////////////////////////////////////////
  assign o_csr_instr_decoded = r_decoded_instr;
  assign o_csr_read_stb      = (w_csr==1'b1 && w_rd2_conflict==1'b0) ? 1'b1 : 1'b0;
  assign o_csr_read_addr     = w_csr_field==L_RDCYCLE    ? 4'b0001 :
                               w_csr_field==L_RDCYCLEH   ? 4'b0010 :
                               w_csr_field==L_RDINSTRET  ? 4'b0100 :
                               w_csr_field==L_RDINSTRETH ? 4'b1000 : 
                                                           4'b0000;
  // General Purpose Signals
  assign o_rd = r_rd3;

endmodule